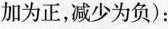
加为正，减少为负)：